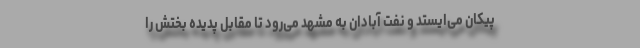
پیکان می‌ایستد و نفت آبادان به مشهد می‌رود تا مقابل پدیده بختش را